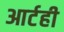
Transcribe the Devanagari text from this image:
आर्टही